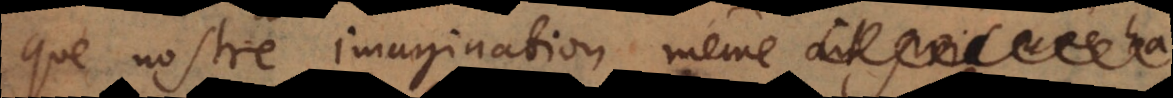
que nostre imagination même